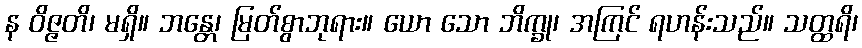
န ဝိဇ္ဇတိ၊ မရှိ။ ဘန္တေ၊ မြတ်စွာဘုရား။ ယော သော ဘိက္ခု၊ အကြင် ရဟန်းသည်။ သတ္ထရိ၊